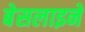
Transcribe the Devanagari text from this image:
बेसलाइनें